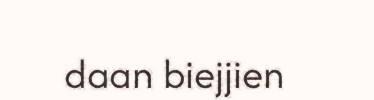
daan biejjien